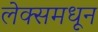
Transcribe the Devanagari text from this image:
लेक्समधून